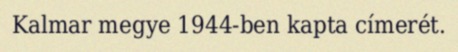
Kalmar megye 1944-ben kapta címerét.